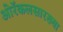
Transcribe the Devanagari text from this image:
ओरॅकलसारख्या